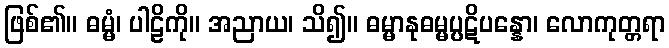
ဖြစ်၏။ ဓမ္မံ၊ ပါဠိကို။ အညာယ၊ သိ၍။ ဓမ္မာနုဓမ္မပ္ပဋိပန္နော၊ လောကုတ္တရာ